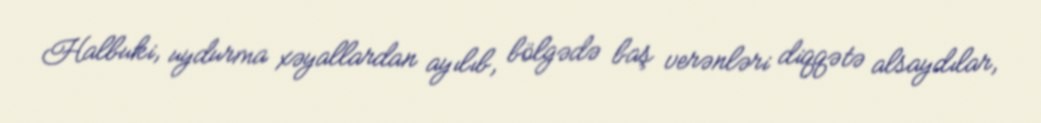
Halbuki, uydurma xəyallardan ayılıb, bölgədə baş verənləri diqqətə alsaydılar,